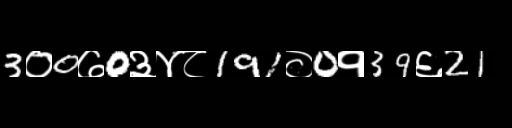
Text: 3०0७0३४८191०0१39६21